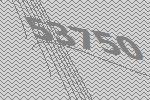
53750